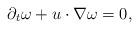
LaTeX: \begin{align*} \partial_{t} \omega + u \cdot \nabla\omega = 0,\end{align*}